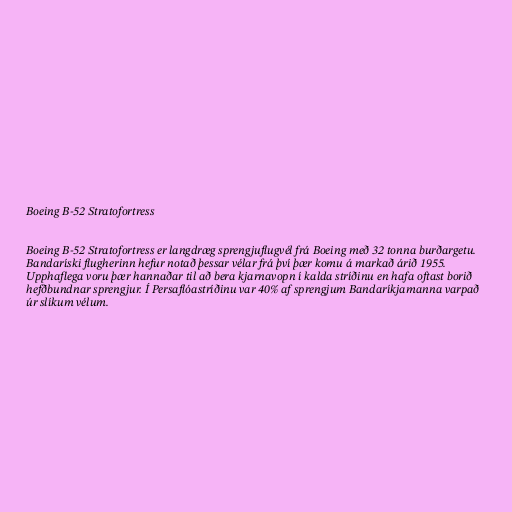
Boeing B-52 Stratofortress

Boeing B-52 Stratofortress er langdræg sprengjuflugvél frá Boeing með 32 tonna burðargetu.
Bandaríski flugherinn hefur notað þessar vélar frá því þær komu á markað árið 1955.
Upphaflega voru þær hannaðar til að bera kjarnavopn í kalda stríðinu en hafa oftast borið
hefðbundnar sprengjur. Í Persaflóastríðinu var 40% af sprengjum Bandaríkjamanna varpað
úr slíkum vélum.